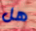
هل